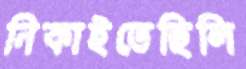
নিকাইতেছিলি